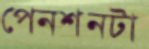
পেনশনটা